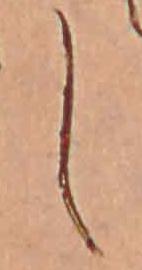
し